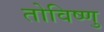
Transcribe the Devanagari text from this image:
तोविष्णु